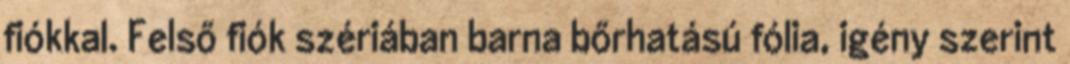
fiókkal. Felső fiók szériában barna bőrhatású fólia, igény szerint